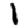
Digit: 1